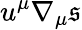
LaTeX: u^{\mu}\nabla_{\mu}\mathfrak{s}